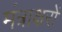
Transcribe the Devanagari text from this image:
मंत्राक्षरों